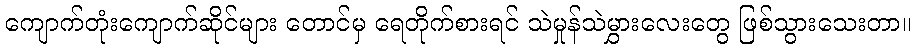
ကျောက်တုံးကျောက်ဆိုင်များ တောင်မှ ရေတိုက်စားရင် သဲမှုန်သဲမွှားလေးတွေ ဖြစ်သွားသေးတာ။